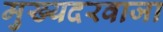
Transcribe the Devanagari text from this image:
मुख्यदरवाजा